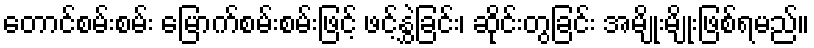
တောင်စမ်းစမ်း မြောက်စမ်းစမ်းဖြင့် ဖင့်နွှဲခြင်း၊ ဆိုင်းတွခြင်း အမျိုးမျိုးဖြစ်ရမည်။